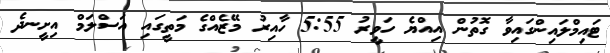
ޓައިމްލައިންގައިވާ ގޮތުން އިއްޔެ ހަވީރު 5:55 ހާއިރު މޭޒެއްގެ މަތީގައި އަސްލަމް އިށީނދެ